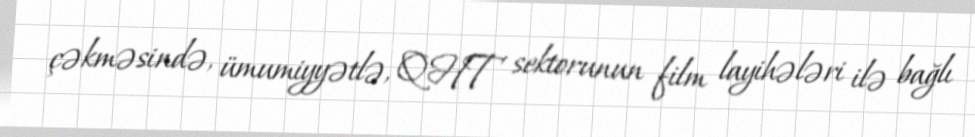
çəkməsində, ümumiyyətlə, QHT sektorunun film layihələri ilə bağlı